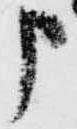
申